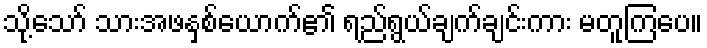
သို့သော် သားအဖနှစ်ယောက်၏ ရည်ရွယ်ချက်ချင်းကား မတူကြပေ။